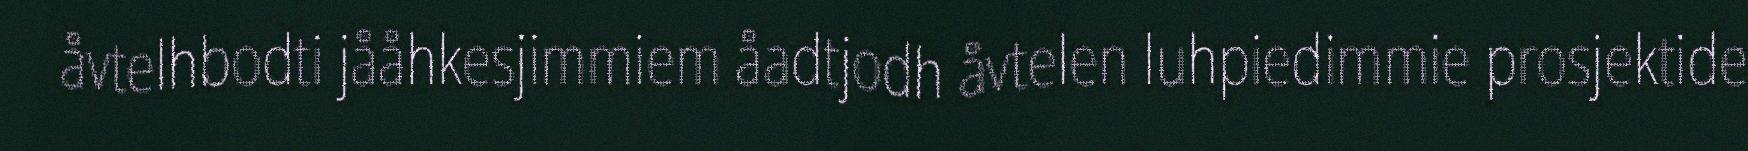
åvtelhbodti jååhkesjimmiem åadtjodh åvtelen luhpiedimmie prosjektide